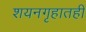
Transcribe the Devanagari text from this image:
शयनगृहातही